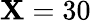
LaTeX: \mathbf{X}=30